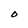
Character: O